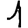
Digit: 1